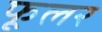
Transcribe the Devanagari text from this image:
फूलर